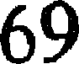
69